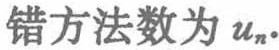
错方法数为 \(u_{n}\)